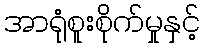
အာရုံစူးစိုက်မှုနှင့်